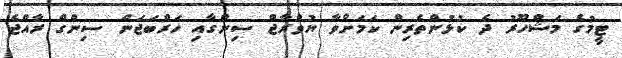
ޓީމުގެ މަޝްހޫރު ދެ ކުޅުންތެރިން ކަމަށްވާ ޔުވްރާޖް ސިންގާއި ހަރްބަޖަން ސިންގް ރާއްޖެ